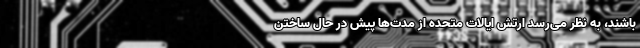
باشند، به نظر می‌رسد ارتش ایالات متحده از مدت‌ها پیش در حال ساختن